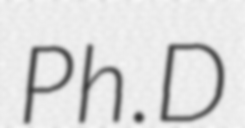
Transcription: Ph.D